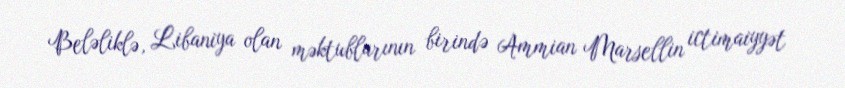
Beləliklə, Libaniya olan məktublarının birində Ammian Marsellin ictimaiyyət